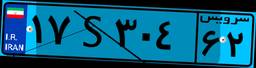
۱۷S۳۰۴۶۲